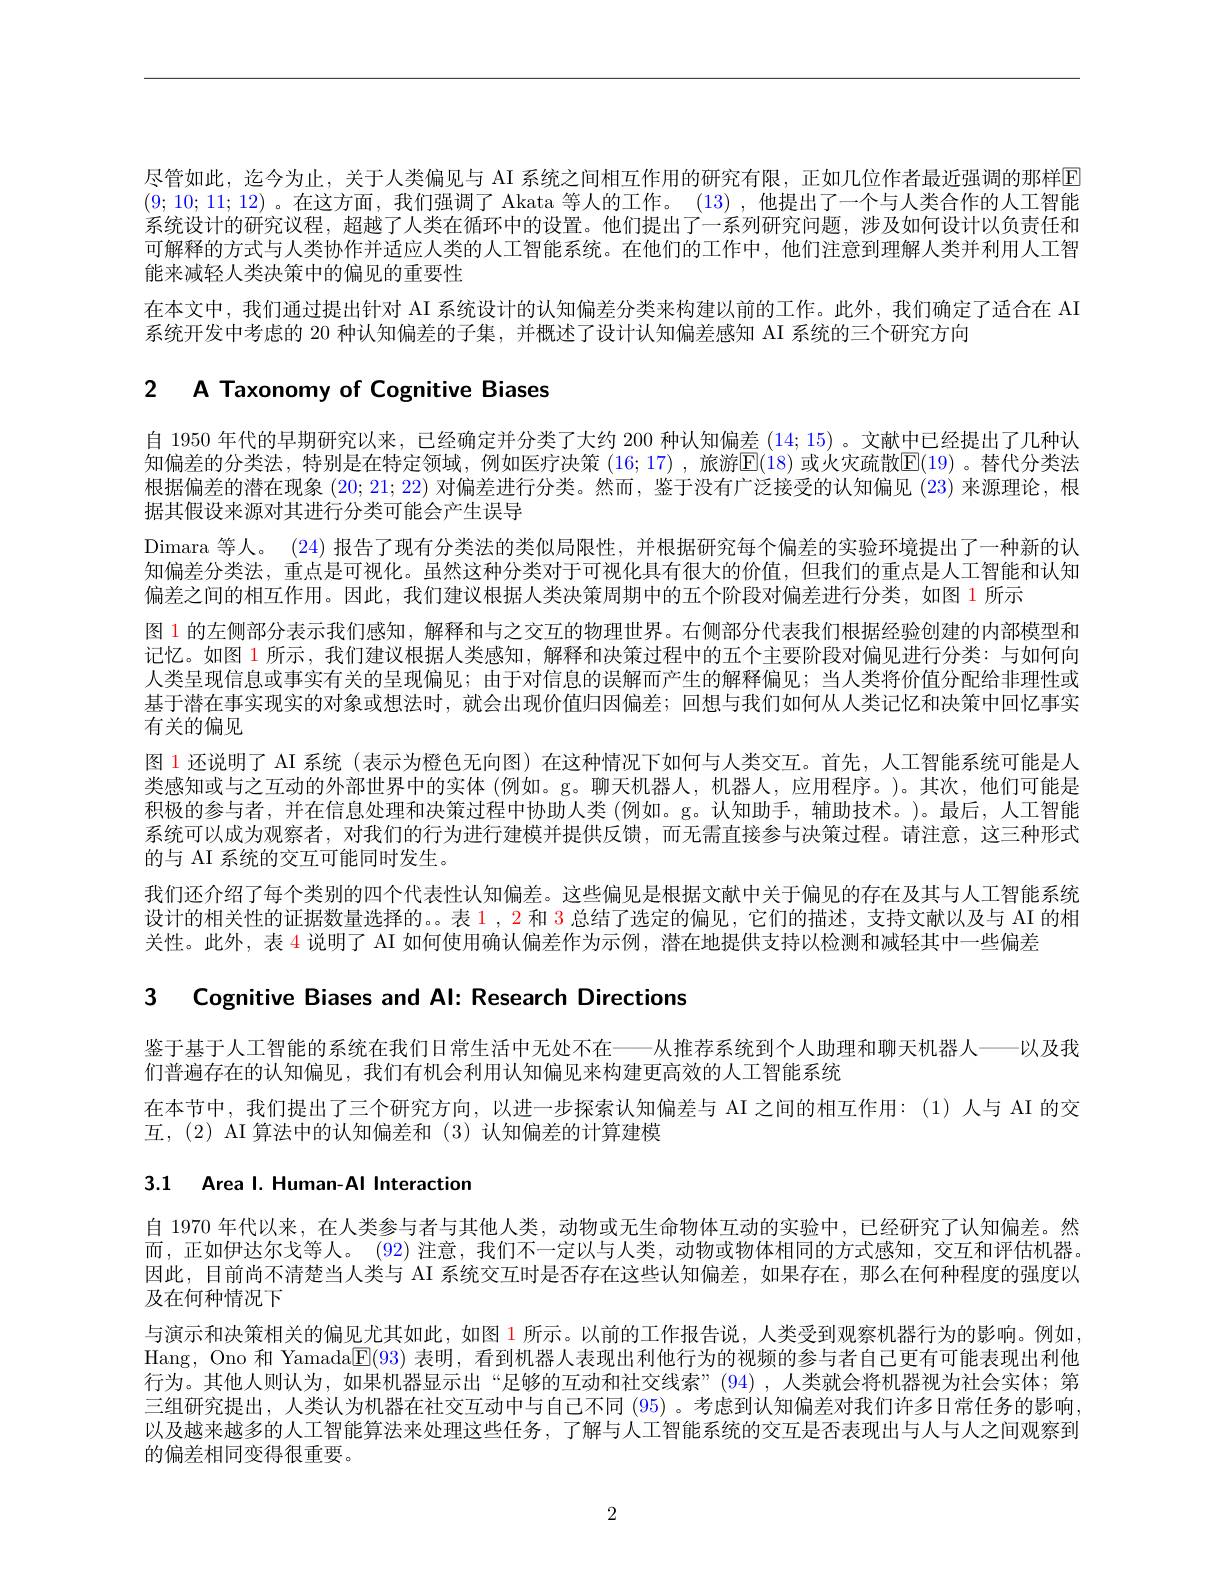
尽管如此，迄今为止，关于人类偏见与 AI 系统之间相互作用的研究有限，正如几位作者最近强调的那样E (9;10;11;12) 。在这方面，我们强调了 Akata 等人的工作。(13),他提出了一个与人类合作的人工智能系统设计的研究议程，超越了人类在循环中的设置。他们提出了一系列研究问题，涉及如何设计以负责任和可解释的方式与人类协作并适应人类的人工智能系统。在他们的工作中，他们注意到理解人类并利用人工智能来减轻人类决策中的偏见的重要性
在本文中，我们通过提出针对 AI 系统设计的认知偏差分类来构建以前的工作。此外，我们确定了适合在 AI
系统开发中考虑的 20 种认知偏差的子集，并概述了设计认知偏差感知 AI 系统的三个研究方向

## 2 A Taxonomy of Cognitive Biases

自 1950 年代的早期研究以来，已经确定并分类了大约 200 种认知偏差 (14; 15) 。文献中已经提出了几种认知偏差的分类法，特别是在特定领域，例如医疗决策(16;17),旅游$\mathbb{E}(18)$ 或火灾疏散$\mathbb{E}(19)$ 。替代分类法根据偏差的潜在现象(20;21;22)对偏差进行分类。然而，鉴于没有广泛接受的认知偏见 (23)来源理论，根据其假设来源对其进行分类可能会产生误导
Dimara 等人。(24) 报告了现有分类法的类似局限性，并根据研究每个偏差的实验环境提出了一种新的认知偏差分类法，重点是可视化。虽然这种分类对于可视化具有很大的价值，但我们的重点是人工智能和认知偏差之间的相互作用。因此，我们建议根据人类决策周期中的五个阶段对偏差进行分类，如图 1 所示
图 1 的左侧部分表示我们感知 ,解释和与之交互的物理世界。右侧部分代表我们根据经验创建的内部模型和记忆。如图 1 所示 , 我们建议根据人类感知，解释和决策过程中的五个主要阶段对偏见进行分类：与如何向人类呈现信息或事实有关的呈现偏见；由于对信息的误解而产生的解释偏见；当人类将价值分配给非理性或基于潜在事实现实的对象或想法时，就会出现价值归因偏差；回想与我们如何从人类记忆和决策中回忆事实有关的偏见
图 1 还说明了 AI 系统 (表示为橙色无向图)在这种情况下如何与人类交互。首先，人工智能系统可能是人类感知或与之互动的外部世界中的实体(例如。g。聊天机器人，机器人，应用程序。)。其次，他们可能是积极的参与者，并在信息处理和决策过程中协助人类 (例如。g。认知助手，辅助技术。)。最后，人工智能系统可以成为观察者，对我们的行为进行建模并提供反馈，而无需直接参与决策过程。请注意，这三种形式的与 AI 系统的交互可能同时发生。
我们还介绍了每个类别的四个代表性认知偏差。这些偏见是根据文献中关于偏见的存在及其与人工智能系统设计的相关性的证据数量选择的。。表$\color{red}1,\color{red}2$和 3 总结了选定的偏见，它们的描述，支持文献以及与 AI 的相关性。此外，表 4 说明了 AI 如何使用确认偏差作为示例，潜在地提供支持以检测和减轻其中一些偏差

3 Cognitive Biases and Al: Research Directions

鉴于基于人工智能的系统在我们日常生活中无处不在———从推荐系统到个人助理和聊天机器人——以及我
们普遍存在的认知偏见，我们有机会利用认知偏见来构建更高效的人工智能系统
在本节中，我们提出了三个研究方向，以进一步探索认知偏差与 AI 之间的相互作用：(1)人与 AI 的交
互，(2) AI 算法中的认知偏差和 (3)认知偏差的计算建模

3.1 Area I. Human-AI Interaction

自 1970 年代以来，在人类参与者与其他人类，动物或无生命物体互动的实验中，已经研究了认知偏差。然而，正如伊达尔戈等人。(92) 注意，我们不一定以与人类，动物或物体相同的方式感知，交互和评估机器。因此，目前尚不清楚当人类与 AI 系统交互时是否存在这些认知偏差，如果存在，那么在何种程度的强度以及在何种情况下
与演示和决策相关的偏见尤其如此，如图 1 所示。以前的工作报告说，人类受到观察机器行为的影响。例如， Hang, Ono 和 Yamada$\mathbb{E}(93)$表明，看到机器人表现出利他行为的视频的参与者自己更有可能表现出利他行为。其他人则认为，如果机器显示出“足够的互动和社交线索”(94),人类就会将机器视为社会实体；第三组研究提出，人类认为机器在社交互动中与自己不同 (95) 。考虑到认知偏差对我们许多日常任务的影响， 以及越来越多的人工智能算法来处理这些任务，了解与人工智能系统的交互是否表现出与人与人之间观察到的偏差相同变得很重要。

2